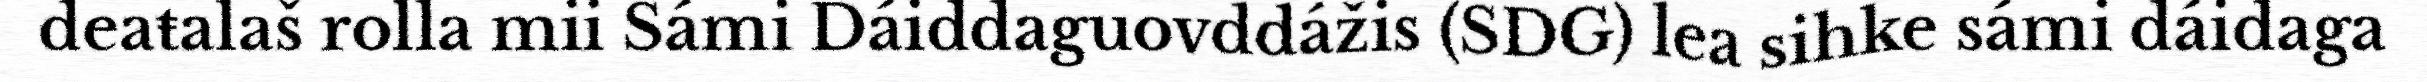
deaŧalaš rolla mii Sámi Dáiddaguovddážis (SDG) lea sihke sámi dáidaga